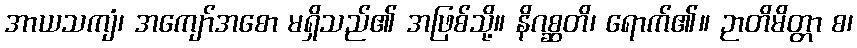
အာယသကျံ၊ အကျော်အစော မရှိသည်၏ အဖြစ်သို့။ နိဂစ္ဆတိ၊ ရောက်၏။ ဉာတိမိတ္တာ စ၊